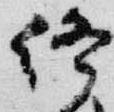
終